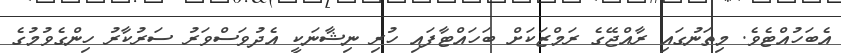
އެބަހުއްޓެވެ. މިތަނުގައި ރާއްޖޭގެ ރަމްޒަކަށް ބަހައްޓާފައި ހުރި ނިޝާނަކީ އެދުވަސްވަރު ސަރުކާރު ހިންގެވުމުގެ